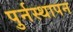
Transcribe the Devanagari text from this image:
पुर्नस्थापन